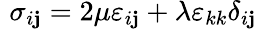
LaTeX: \, \, \sigma_{i\mathbf{j}}=2\mu\varepsilon_{i\mathbf{j}}+\lambda\varepsilon_{kk}\delta_{i\mathbf{j}}